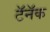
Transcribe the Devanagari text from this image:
टॅनॅक